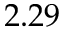
2 . 2 9